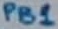
Text: PB1